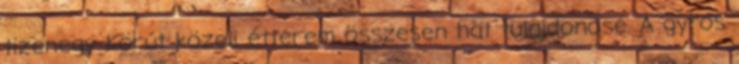
tizenegy Körút közeli étterem összesen hat tulajdonosé. A gyros